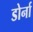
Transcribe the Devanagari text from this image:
डोर्ना